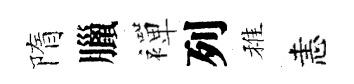
隋臘襌列稚恚